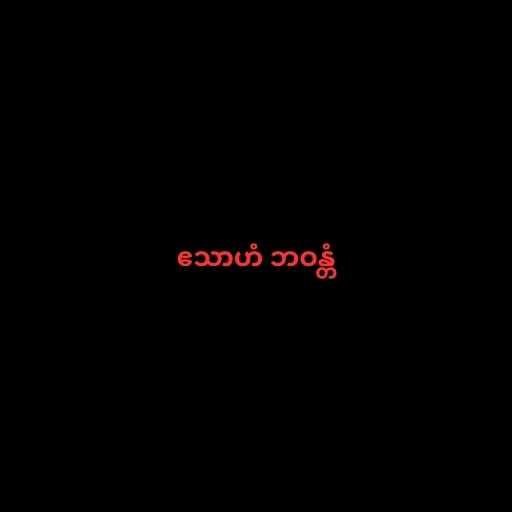
ဧသာဟံ ဘဝန္တံ